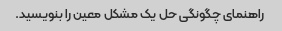
راهنمای چگونگی حل یک مشکل معین را بنویسید.